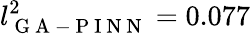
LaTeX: l_{\mathrm{~G~A~-~P~I~N~N~}}^{2}=0.077